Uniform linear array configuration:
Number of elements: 64
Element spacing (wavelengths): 0.5
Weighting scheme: exponential
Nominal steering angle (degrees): -30
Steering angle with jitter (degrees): -29.179
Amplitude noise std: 0.05
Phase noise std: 0.05

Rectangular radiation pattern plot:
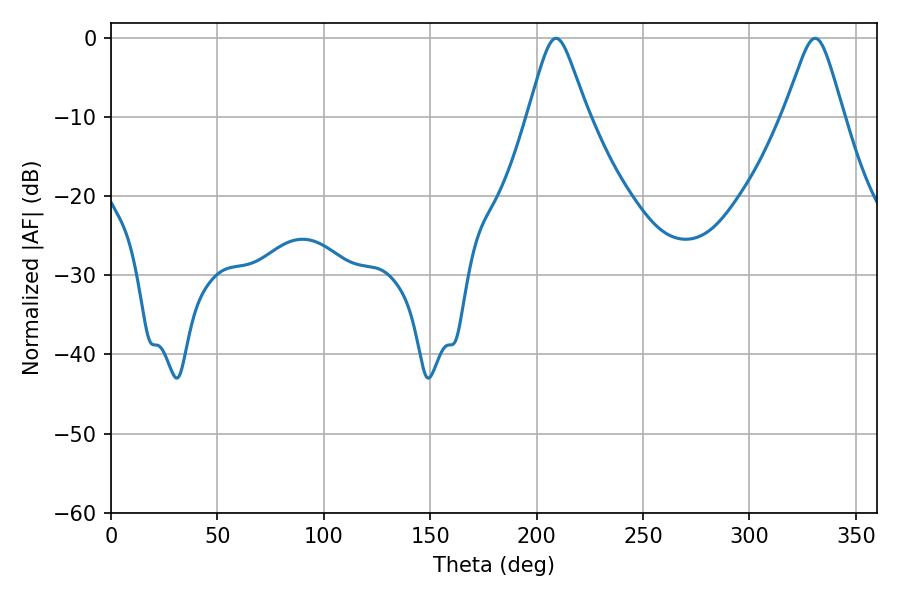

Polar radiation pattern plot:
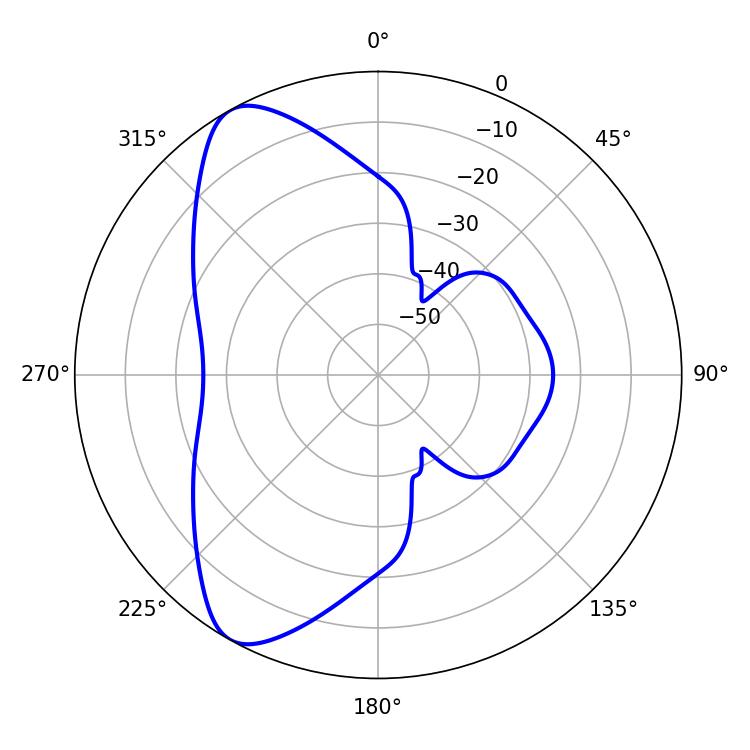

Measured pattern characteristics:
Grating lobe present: FALSE
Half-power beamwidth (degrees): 13.32
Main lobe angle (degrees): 209.16